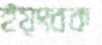
ইয়ংবক